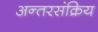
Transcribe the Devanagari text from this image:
अन्तरसंक्रिय